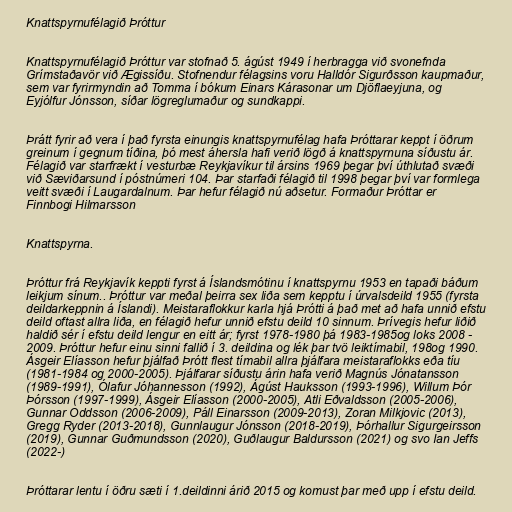
Knattspyrnufélagið Þróttur

Knattspyrnufélagið Þróttur var stofnað 5. ágúst 1949 í herbragga við svonefnda
Grímstaðavör við Ægissíðu. Stofnendur félagsins voru Halldór Sigurðsson kaupmaður,
sem var fyrirmyndin að Tomma í bókum Einars Kárasonar um Djöflaeyjuna, og
Eyjólfur Jónsson, síðar lögreglumaður og sundkappi.

Þrátt fyrir að vera í það fyrsta einungis knattspyrnufélag hafa Þróttarar keppt í öðrum
greinum í gegnum tíðina, þó mest áhersla hafi verið lögð á knattspyrnuna síðustu ár.
Félagið var starfrækt í vesturbæ Reykjavíkur til ársins 1969 þegar því úthlutað svæði
við Sæviðarsund í póstnúmeri 104. Þar starfaði félagið til 1998 þegar því var formlega
veitt svæði í Laugardalnum. Þar hefur félagið nú aðsetur. Formaður Þróttar er
Finnbogi Hilmarsson

Knattspyrna.

Þróttur frá Reykjavík keppti fyrst á Íslandsmótinu í knattspyrnu 1953 en tapaði báðum
leikjum sínum.. Þróttur var meðal þeirra sex liða sem kepptu í úrvalsdeild 1955 (fyrsta
deildarkeppnin á Íslandi). Meistaraflokkur karla hjá Þrótti á það met að hafa unnið efstu
deild oftast allra liða, en félagið hefur unnið efstu deild 10 sinnum. Þrívegis hefur liðið
haldið sér í efstu deild lengur en eitt ár; fyrst 1978-1980 þá 1983-1985og loks 2008 -
2009. Þróttur hefur einu sinni fallið í 3. deildina og lék þar tvö leiktímabil, 198og 1990.
Ásgeir Elíasson hefur þjálfað Þrótt flest tímabil allra þjálfara meistaraflokks eða tíu
(1981-1984 og 2000-2005). Þjálfarar síðustu árin hafa verið Magnús Jónatansson
(1989-1991), Ólafur Jóhannesson (1992), Ágúst Hauksson (1993-1996), Willum Þór
Þórsson (1997-1999), Ásgeir Elíasson (2000-2005), Atli Eðvaldsson (2005-2006),
Gunnar Oddsson (2006-2009), Páll Einarsson (2009-2013), Zoran Milkjovic (2013),
Gregg Ryder (2013-2018), Gunnlaugur Jónsson (2018-2019), Þórhallur Sigurgeirsson
(2019), Gunnar Guðmundsson (2020), Guðlaugur Baldursson (2021) og svo Ian Jeffs
(2022-)

Þróttarar lentu í öðru sæti í 1.deildinni árið 2015 og komust þar með upp í efstu deild.